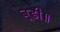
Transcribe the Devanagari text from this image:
बूडी॥